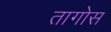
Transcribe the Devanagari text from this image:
तागोस